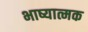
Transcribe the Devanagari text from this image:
भाष्यात्मक